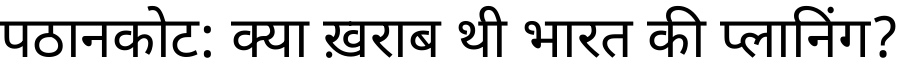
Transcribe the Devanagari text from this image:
पठानकोट: क्या ख़राब थी भारत की प्लानिंग?